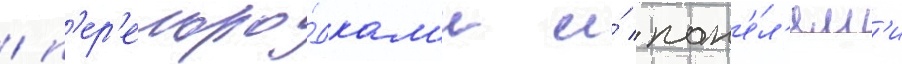
/ п'ер'егоро́дкам'и и́ пан'е́л'ям'и